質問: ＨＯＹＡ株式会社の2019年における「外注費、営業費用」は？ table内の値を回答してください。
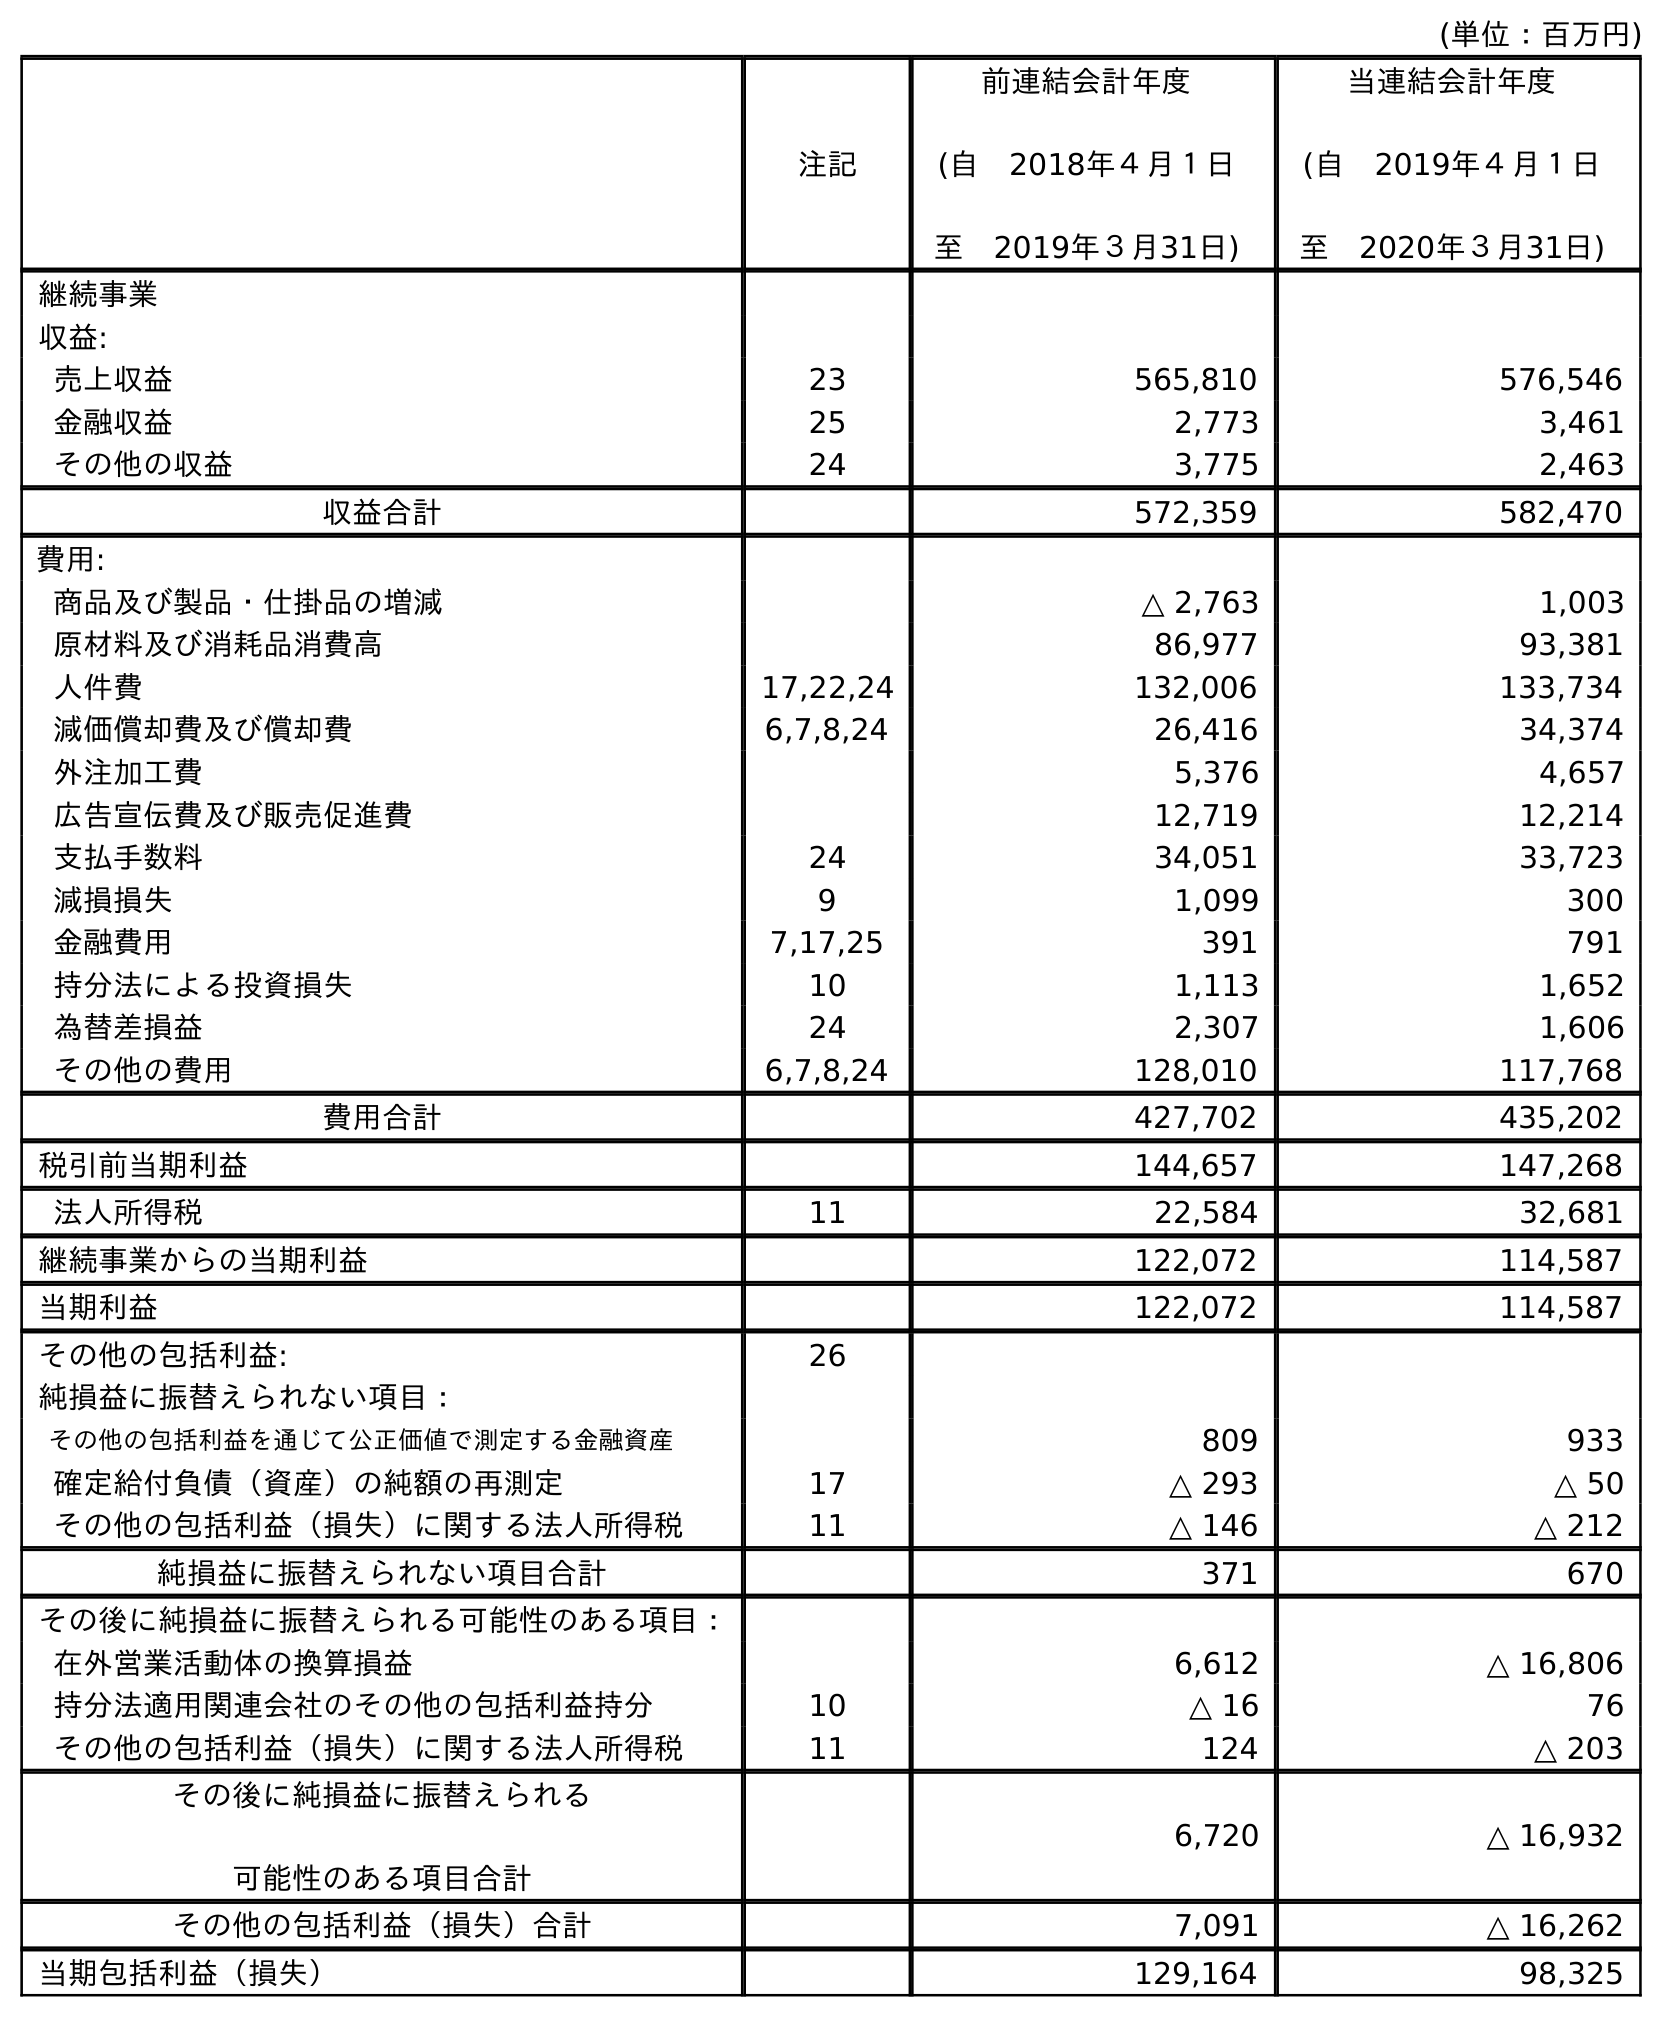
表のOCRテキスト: (単位：百万円) 注記 前連結会計年度 (自 2018年４月１日 至 2019年３月31日) 当連結会計年度 (自 2019年４月１日 至 2020年３月31日) 継続事業 収益: 売上収益 23 565,810 576,546 金融収益 25 2,773 3,461 その他の収益 24 3,775 2,463 収益合計 572,359 582,470 費用: 商品及び製品・仕掛品の増減 △ 2,763 1,003 原材料及び消耗品消費高 86,977 93,381 人件費 17,22,24 132,006 133,734 減価償却費及び償却費 6,7,8,24 26,416 34,374 外注加工費 5,376 4,657 広告宣伝費及び販売促進費 12,719 12,214 支払手数料 24 34,051 33,723 減損損失 9 1,099 300 金融費用 7,17,25 391 791 持分法による投資損失 10 1,113 1,652 為替差損益 24 2,307 1,606 その他の費用 6,7,8,24 128,010 117,768 費用合計 427,702 435,202 税引前当期利益 144,657 147,268 法人所得税 11 22,584 32,681 継続事業からの当期利益 122,072 114,587 当期利益 122,072 114,587 その他の包括利益: 26 純損益に振替えられない項目： その他の包括利益を通じて公正価値で測定する金融資産 809 933 確定給付負債（資産）の純額の再測定 17 △ 293 △ 50 その他の包括利益（損失）に関する法人所得税 11 △ 146 △ 212 純損益に振替えられない項目合計 371 670 その後に純損益に振替えられる可能性のある項目： 在外営業活動体の換算損益 6,612 △ 16,806 持分法適用関連会社のその他の包括利益持分 10 △ 16 76 その他の包括利益（損失）に関する法人所得税 11 124 △ 203 その後に純損益に振替えられる 可能性のある項目合計 6,720 △ 16,932 その他の包括利益（損失）合計 7,091 △ 16,262 当期包括利益（損失） 129,164 98,325
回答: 5,376